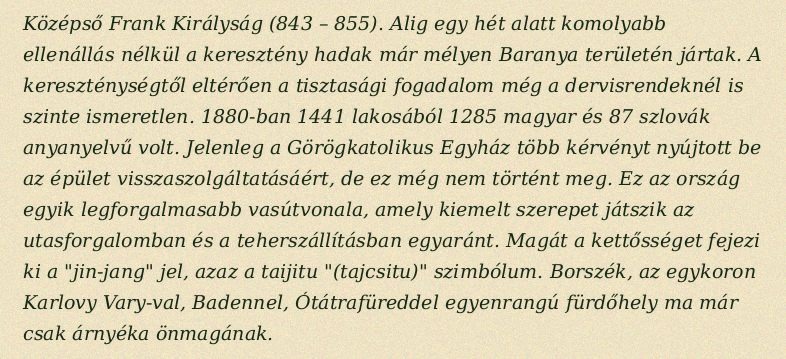
Középső Frank Királyság (843 – 855). Alig egy hét alatt komolyabb ellenállás nélkül a keresztény hadak már mélyen Baranya területén jártak. A kereszténységtől eltérően a tisztasági fogadalom még a dervisrendeknél is szinte ismeretlen. 1880-ban 1441 lakosából 1285 magyar és 87 szlovák anyanyelvű volt. Jelenleg a Görögkatolikus Egyház több kérvényt nyújtott be az épület visszaszolgáltatásáért, de ez még nem történt meg. Ez az ország egyik legforgalmasabb vasútvonala, amely kiemelt szerepet játszik az utasforgalomban és a teherszállításban egyaránt. Magát a kettősséget fejezi ki a "jin-jang" jel, azaz a taijitu "(tajcsitu)" szimbólum. Borszék, az egykoron Karlovy Vary-val, Badennel, Ótátrafüreddel egyenrangú fürdőhely ma már csak árnyéka önmagának.